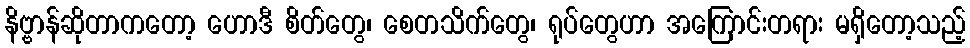
နိဗ္ဗာန်ဆိုတာကတော့ ဟောဒီ စိတ်တွေ၊ စေတသိက်တွေ၊ ရုပ်တွေဟာ အကြောင်းတရား မရှိတော့သည့်